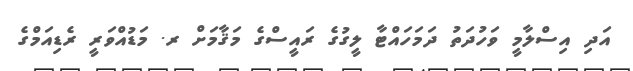
އަދި އިސްލާމީ ވަހުދަތު ދަމަހައްޓާ ލީގުގެ ރައީސްގެ މަޤާމަށް ރ. މަޑުއްވަރީ ރެޑިއަމްގެ